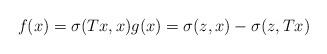
LaTeX: \begin{align*} f(x) = \sigma(Tx,x) g(x) = \sigma(z,x) - \sigma(z,Tx) \end{align*}